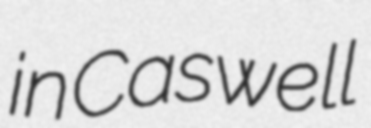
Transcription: in Caswell